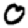
Digit: 0